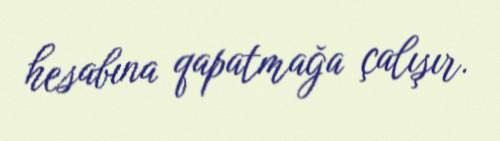
hesabına qapatmağa çalışır.